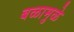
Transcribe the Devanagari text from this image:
बळामुळे